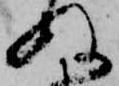
ぬ